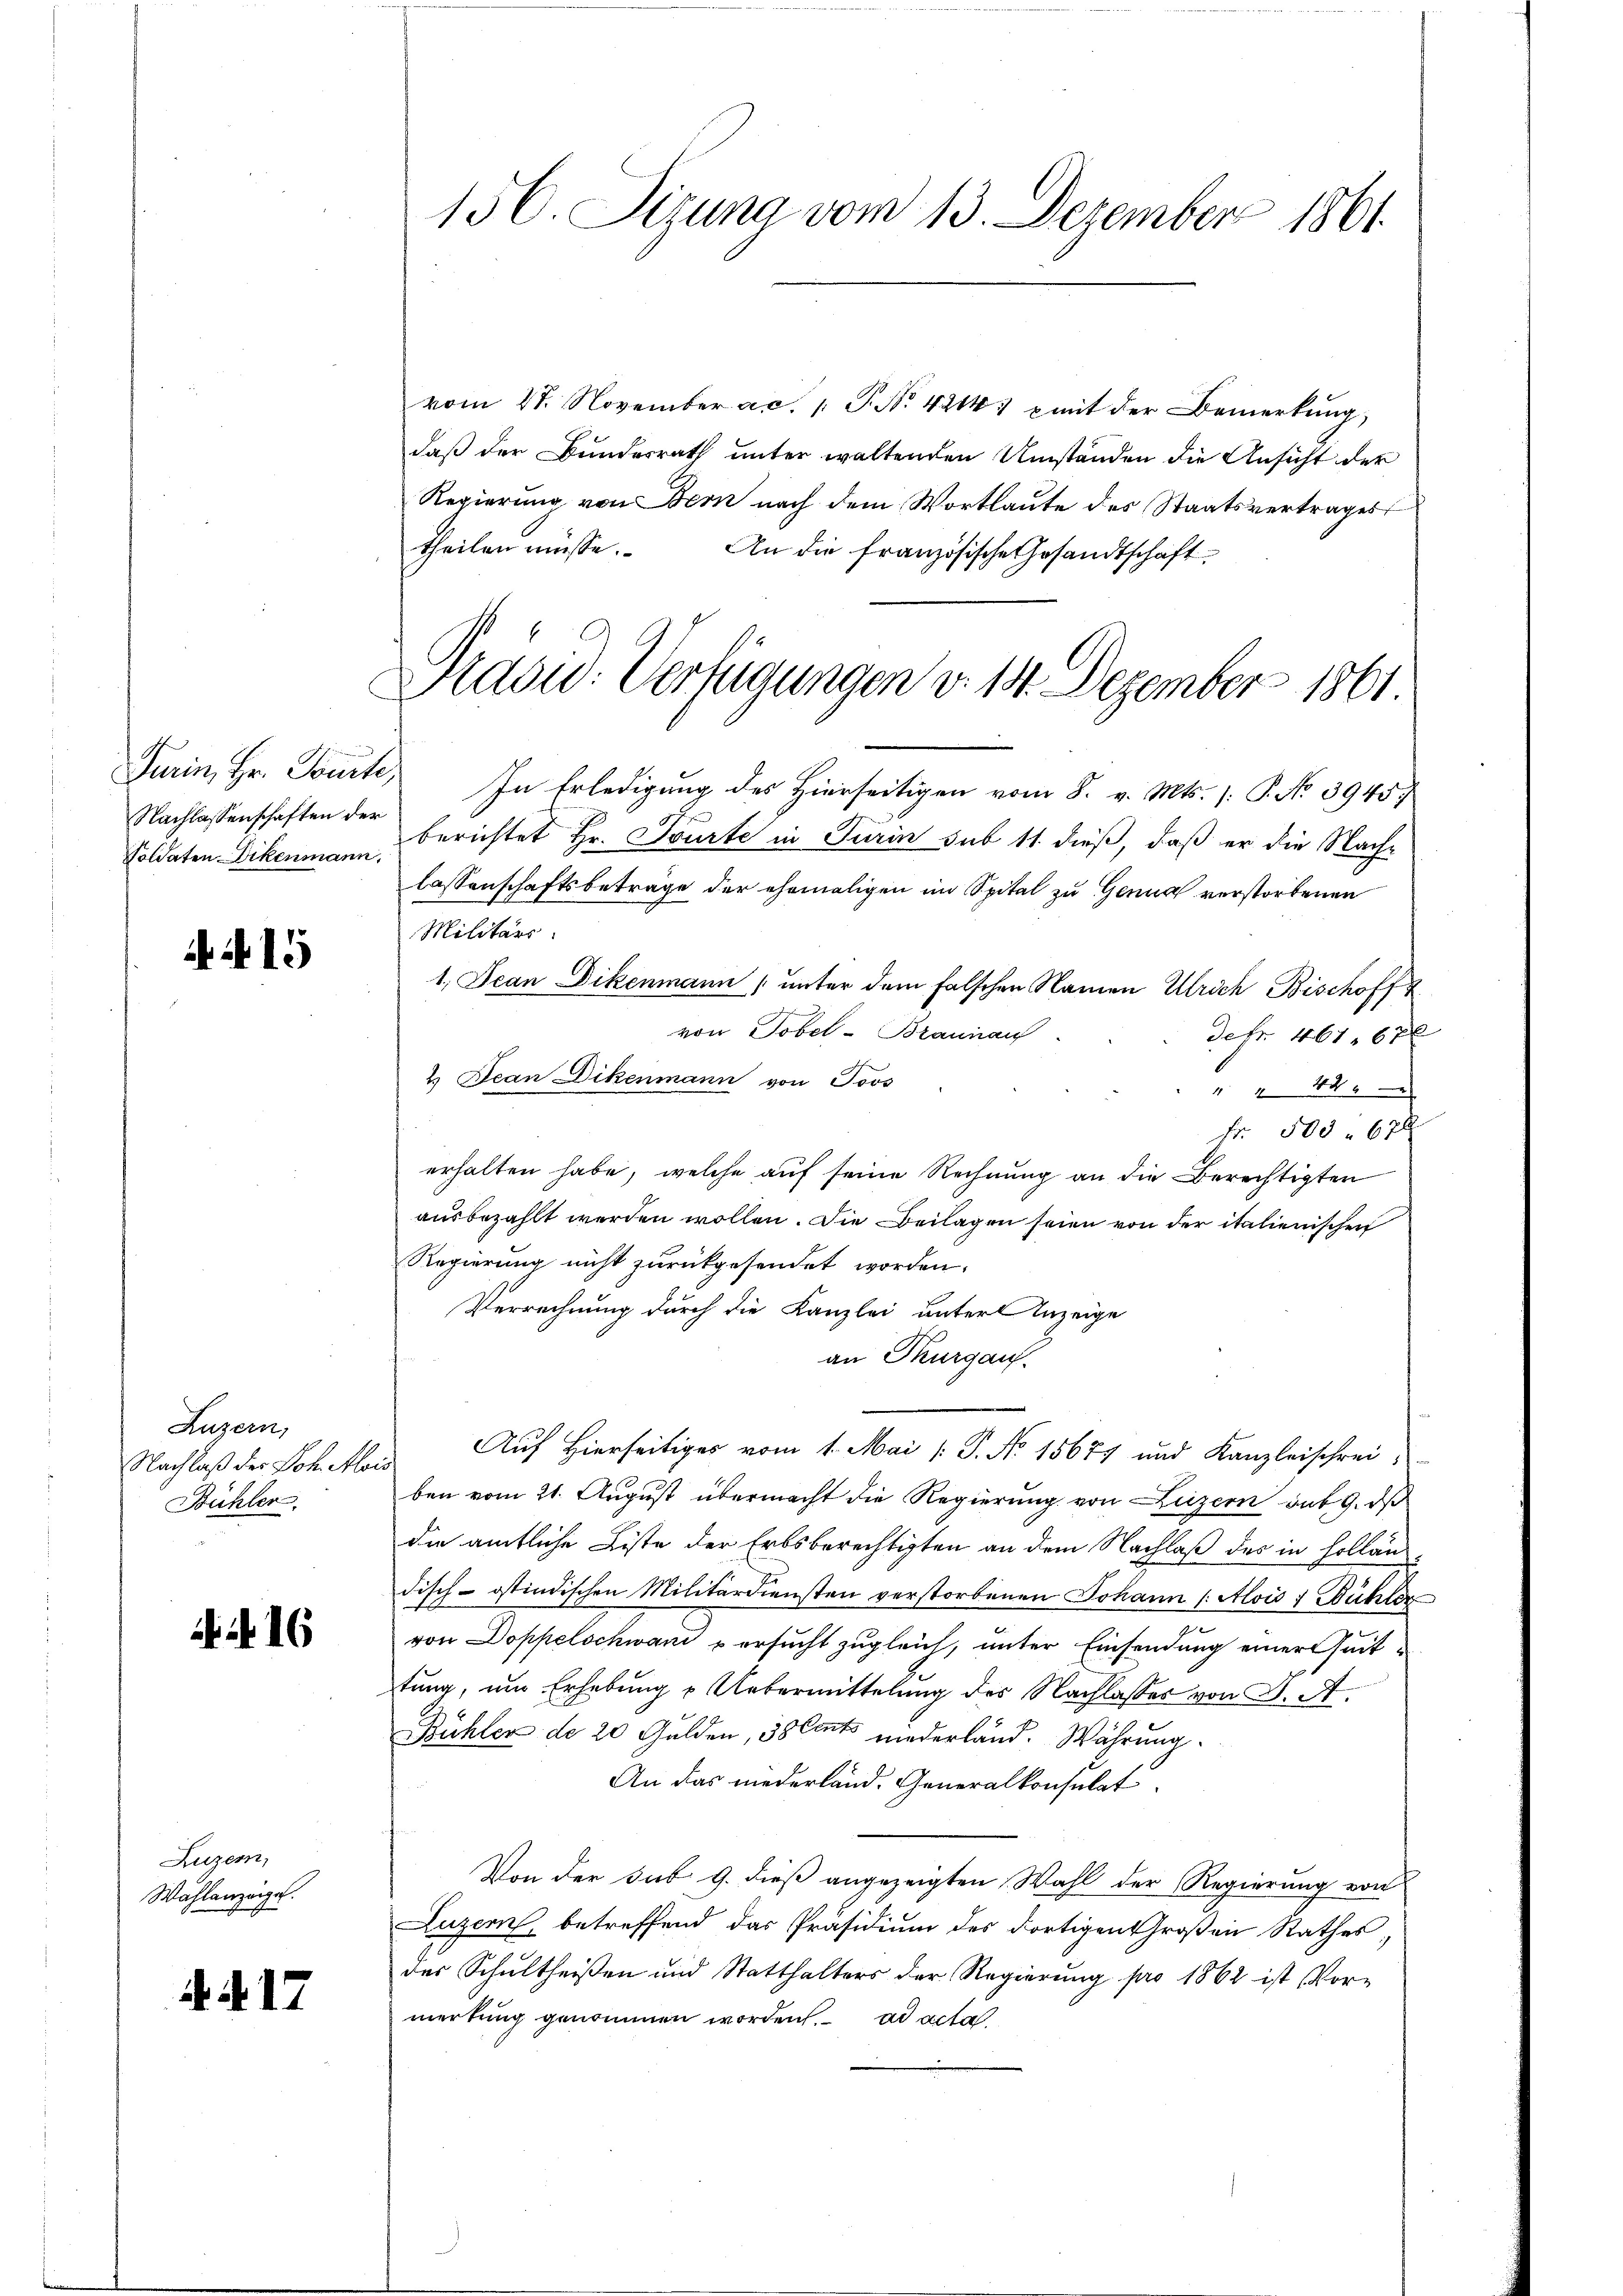
Nachlassenschaften der
Foldaten Dikenmann.

A 15

Luzern,
Nachlaß der Joh. Alois
Bühler.

416

Luzern,
Wählanzeigel.

A. §. 17

156. Sizung vom 13. Dezember 1861.

Präsid. Verfügungen v. 14. Dezember 1861.

vom 21. November ac. 1 P. Nr. 421. mit der Bemerkŭng,
daß der Bundesrath unter waltenden Umständen die Ansicht der
Regierung von Bern nach dem Wortlaute des Staatsvertrages
theilen müsse. An die französische Gesandtschaft
Turin, Hr. Tourte, In Erledigung des Hierseitigen vom 8. v. Mts. 1. P. No 3945.
berichtet Hr. Tourte in Turin sub 11 dieß, daß er die Nachlassenschaftsbeträge der ehemaligen im Spital zu Genua verstorbenen
Militärs.
1. Jean Dikenmann (unter dem falschen Namen Ulrich Bischofft
von Tobel-Braunau
defr. 461. 676
4 Dean Dikenmann von Joos
 44
Fr. 500. 672
erhalten habe, welche auf seine Rechnung an die Berechtigten
ausbezahlt werden wollen. Die Beilagen seien von der italienischen
Regierung nicht zurückgesendet worden.
Verrechnung durch die Kanzlei unter Anzeige
an Thurgau.
Auf Hierseitiges vom 1. Mai [ P. No 15677 und Kanzleischrei
ben vom 21. August übermacht die Regierung von Luzern auf 9. ds
die amtliche Liste der Erbsberechtigten an dem Nachlaß des in Hollandisch-ostindischen Militärdiensten verstorbenen Johann (: Alois f Bühler
von Doppelschwand versucht zugleich, unter Einsendung einerseittung, um Erhebung u Uebermittelung des Nachlasses von J. A.
Bühler de 20 Gulden, Solents niederland. Währung.
An das niederland. Generalkonsulat
Von der sub 9. dieß angezeigten Wahl der Regierung von
Luzern, betreffend das Präsidium des dortigen Großen Rathes,
der Schultheißen und Statthalters der Regierŭng pro 1862 ist Vor-
merkung genommen worden. ad acta